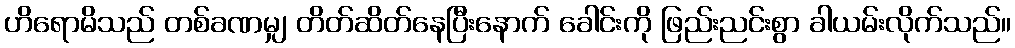
ဟိရောမိသည် တစ်ခဏမျှ တိတ်ဆိတ်နေပြီးနောက် ခေါင်းကို ဖြည်းညင်းစွာ ခါယမ်းလိုက်သည်။